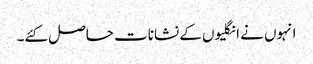
انہوں نے انگلیوں کے نشانات حاصل کئے۔